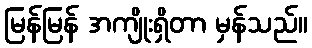
မြန်မြန် အကျိုးရှိတာ မှန်သည်။